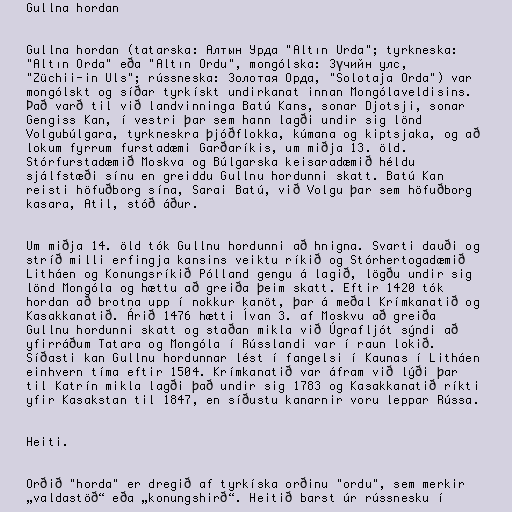
Gullna hordan

Gullna hordan (tatarska: Алтын Урда "Altın Urda"; tyrkneska:
"Altın Orda" eða "Altın Ordu", mongólska: Зүчийн улс,
"Züchii-in Uls"; rússneska: Золотая Орда, "Solotaja Orda") var
mongólskt og síðar tyrkískt undirkanat innan Mongólaveldisins.
Það varð til við landvinninga Batú Kans, sonar Djotsji, sonar
Gengiss Kan, í vestri þar sem hann lagði undir sig lönd
Volgubúlgara, tyrkneskra þjóðflokka, kúmana og kiptsjaka, og að
lokum fyrrum furstadæmi Garðaríkis, um miðja 13. öld.
Stórfurstadæmið Moskva og Búlgarska keisaradæmið héldu
sjálfstæði sínu en greiddu Gullnu hordunni skatt. Batú Kan
reisti höfuðborg sína, Sarai Batú, við Volgu þar sem höfuðborg
kasara, Atil, stóð áður.

Um miðja 14. öld tók Gullnu hordunni að hnigna. Svarti dauði og
stríð milli erfingja kansins veiktu ríkið og Stórhertogadæmið
Litháen og Konungsríkið Pólland gengu á lagið, lögðu undir sig
lönd Mongóla og hættu að greiða þeim skatt. Eftir 1420 tók
hordan að brotna upp í nokkur kanöt, þar á meðal Krímkanatið og
Kasakkanatið. Árið 1476 hætti Ívan 3. af Moskvu að greiða
Gullnu hordunni skatt og staðan mikla við Úgrafljót sýndi að
yfirráðum Tatara og Mongóla í Rússlandi var í raun lokið.
Síðasti kan Gullnu hordunnar lést í fangelsi í Kaunas í Litháen
einhvern tíma eftir 1504. Krímkanatið var áfram við lýði þar
til Katrín mikla lagði það undir sig 1783 og Kasakkanatið ríkti
yfir Kasakstan til 1847, en síðustu kanarnir voru leppar Rússa.

Heiti.

Orðið "horda" er dregið af tyrkíska orðinu "ordu", sem merkir
„valdastöð“ eða „konungshirð“. Heitið barst úr rússnesku í